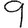
Digit: 9